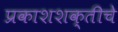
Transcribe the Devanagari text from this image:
प्रकाशशक्तीचे